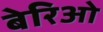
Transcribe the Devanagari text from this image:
बेरिओ